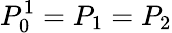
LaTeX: P_{0}^{1}=P_{1}=P_{2}